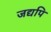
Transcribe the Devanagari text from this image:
जद्यपि